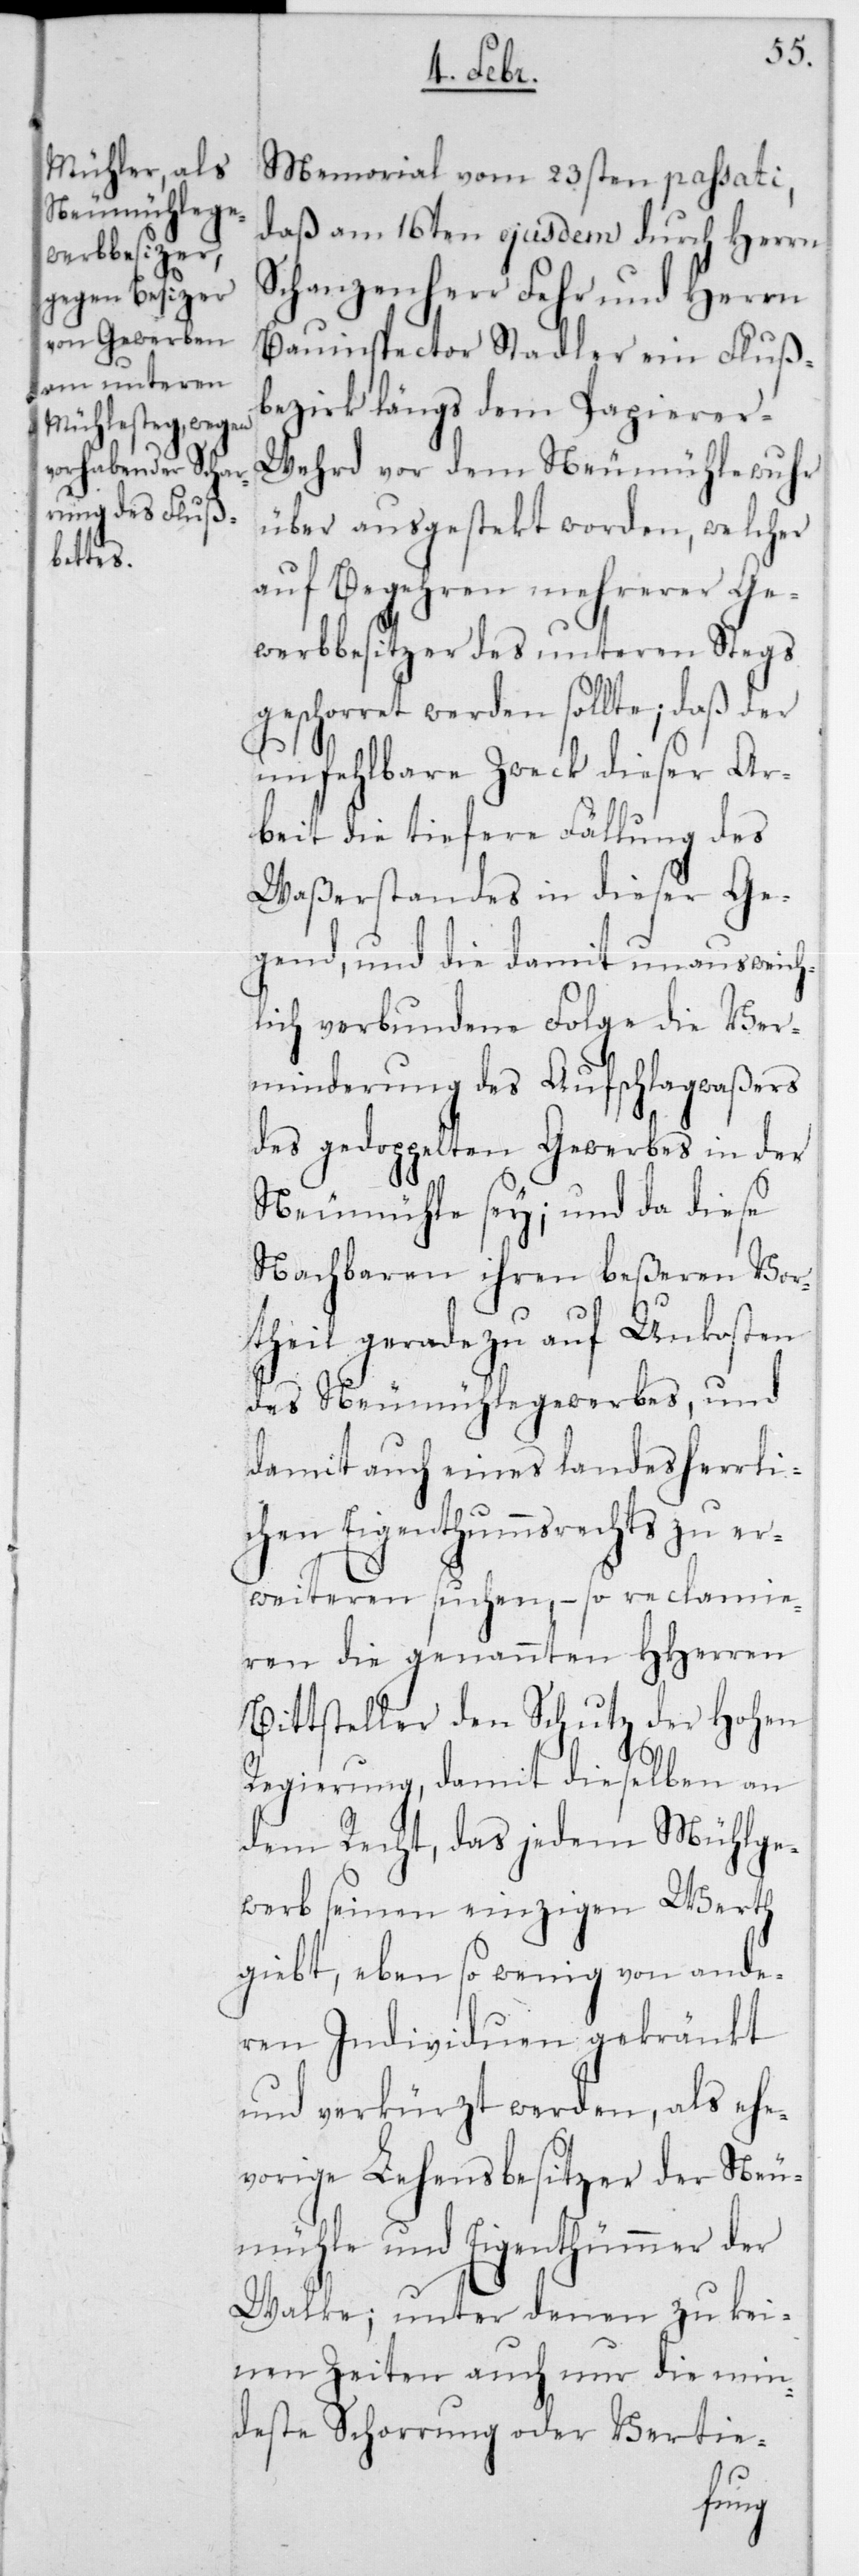
Memorial vom 23sten passati,
daß am 16ten ejusdem durch Herrn
Schanzenherr Fehr und Herrn
Bauinspector Stadler ein Fluß¬
bezirk längs dem Papierer-W¬
ehrd vor dem Neumühlewuhr
über ausgestekt worden, welcher
auf Begehren mehrerer Ge¬
werbbesitzer des unteren Stegs
geschorret werden sollte; daß der
unfehlbare Zweck dieser Ar¬
beit die tiefere Fällung des
Waßerstandes in dieser Ge¬
gend, und die damit unausweich¬
lich verbundene Folge die Ver¬
minderung des Aufschlagwaßers
des gedoppelten Gewerbes in der
Neumühle sey; und da diese
Nachbaren ihren beßeren Vor¬
theil gerade zu auf Unkosten
des Neumühlegewerbes, und
damit auch eines landesherrli¬
chen Eigenthumsrechts zu er¬
weiteren suchen, – so reclamie¬
ren die genannten HHerren
Bittsteller den Schutz der Hohen
Regierung, damit dieselben an
dem Recht, das jedem Mühlge¬
werb seinen einzigen Werth
gibt, eben so wenig von ande¬
ren Individuen gekränkt
und verkürzt werden, als ehe¬
vorige Lehensbesitzer der Neu¬
mühle und Eigenthümmer der
Walke; unter denen zu kei¬
nen Zeiten auch nur die min¬
deste Schorrung oder Vertie-